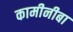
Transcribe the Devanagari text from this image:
कामीनीबा